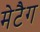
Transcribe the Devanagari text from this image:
मेटैग